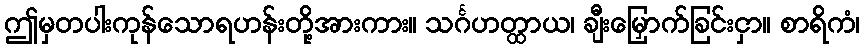
ဤမှတပါးကုန်သောရဟန်းတို့အားကား။ သင်္ဂဟတ္ထာယ၊ ချီးမြှောက်ခြင်းငှာ။ စာရိကံ၊